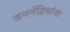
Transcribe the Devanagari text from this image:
जननेंद्रियांना